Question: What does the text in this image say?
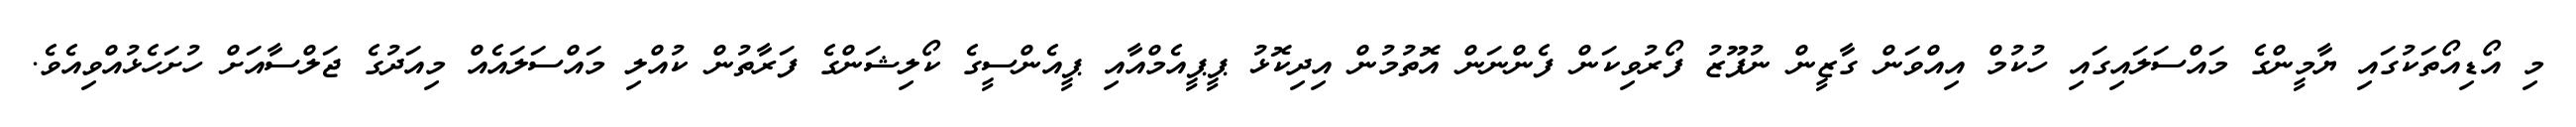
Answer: މި އޯޑިއޯތަކުގައި ޔާމީންގެ މައްސަލައިގައި ހުކުމް އިއްވަން ގާޒީން ނުފޫޒު ފޯރުވިކަން ފެންނަން އޮތުމުން އިދިކޮޅު ޕީޕީއެމްއާއި ޕީއެންސީގެ ކޯލިޝަންގެ ފަރާތުން ކުއްލި މައްސަލައެއް މިއަދުގެ ޖަލްސާއަށް ހުށަހެޅުއްވިއެވެ.